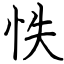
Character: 怢